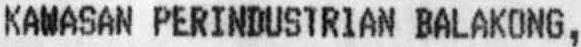
KAWASAN PERINDUSTRIAN BALAKONG,